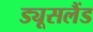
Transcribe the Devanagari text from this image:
ड्यूसलैंड